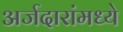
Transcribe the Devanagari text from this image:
अर्जदारांमध्ये